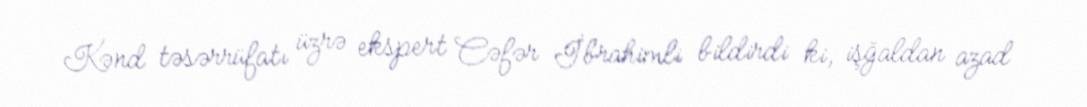
Kənd təsərrüfatı üzrə ekspert Cəfər İbrahimli bildirdi ki, işğaldan azad